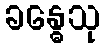
ခန္ဓေသု